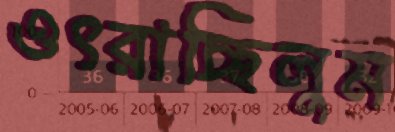
ওৎরাচ্ছিলুম